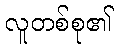
လူတစ်စု၏